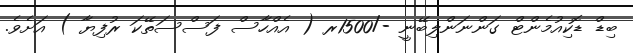
ބިޑް ޑޮކިއުމެންޓް ގަންނަންލިބޭނީ -/1500ރ ( އެއްހާސް ފަސްސަތޭކަ ރުފިޔާ ) އަށެވެ.